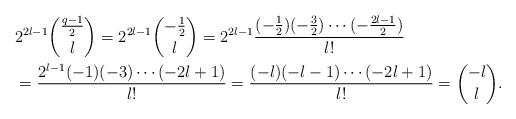
LaTeX: \begin{align*}&2^{2l-1}\binom{\frac{q-1}2}l=2^{2l-1}\binom{-\frac 12}l=2^{2l-1}\frac{(-\frac 12)(-\frac 32)\cdots(-\frac{2l-1}2)}{l!}\cr&=\frac{2^{l-1}(-1)(-3)\cdots(-2l+1)}{l!}=\frac{(-l)(-l-1)\cdots(-2l+1)}{l!}=\binom{-l}l.\end{align*}